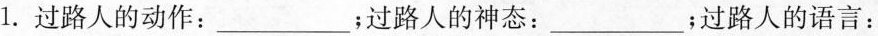
1.过路人的动作：___；过路人的神态：___；过路人的语言：